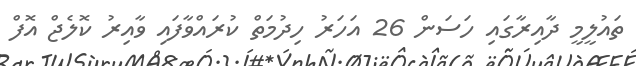
ތައުލީމީ ދާއިރާގައި ހަސަން 26 އަހަރު ހިދުމަތް ކުރައްވާފަައި ވާއިރު ކޮލެޖް އޮފް